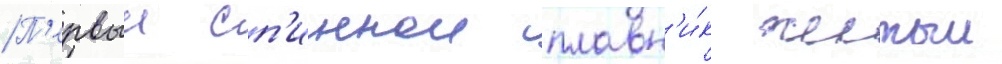
П'ервыи сп'иннои плавн'и́к желтыи